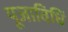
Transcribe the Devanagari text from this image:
पूजाविधिं